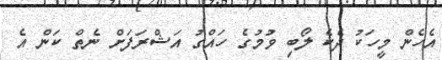
އެހެން މީހަކު ދެކެ ލޯބި ވުމުގެ ހައްގު އަޝްރަފަށް ނެތް ކަން އެ